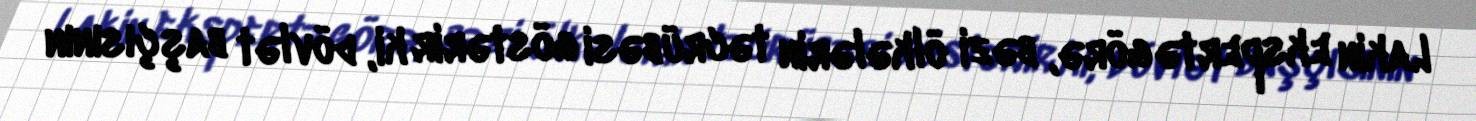
Lakin ekspertə görə, bəzi ölkələrin təcrübəsi göstərir ki, dövlət başçısının